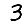
Digit: 3